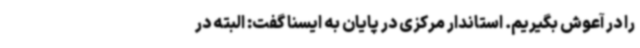
را در آعوش بگیریم. استاندار مرکزی در پایان به ایسنا گفت: البته در